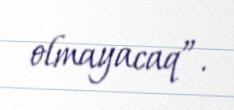
olmayacaq”.